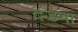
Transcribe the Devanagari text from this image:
दंडना